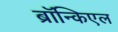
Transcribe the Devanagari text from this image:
ब्रॉन्किएल